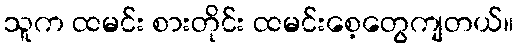
သူက ထမင်း စားတိုင်း ထမင်းစေ့တွေကျတယ်။